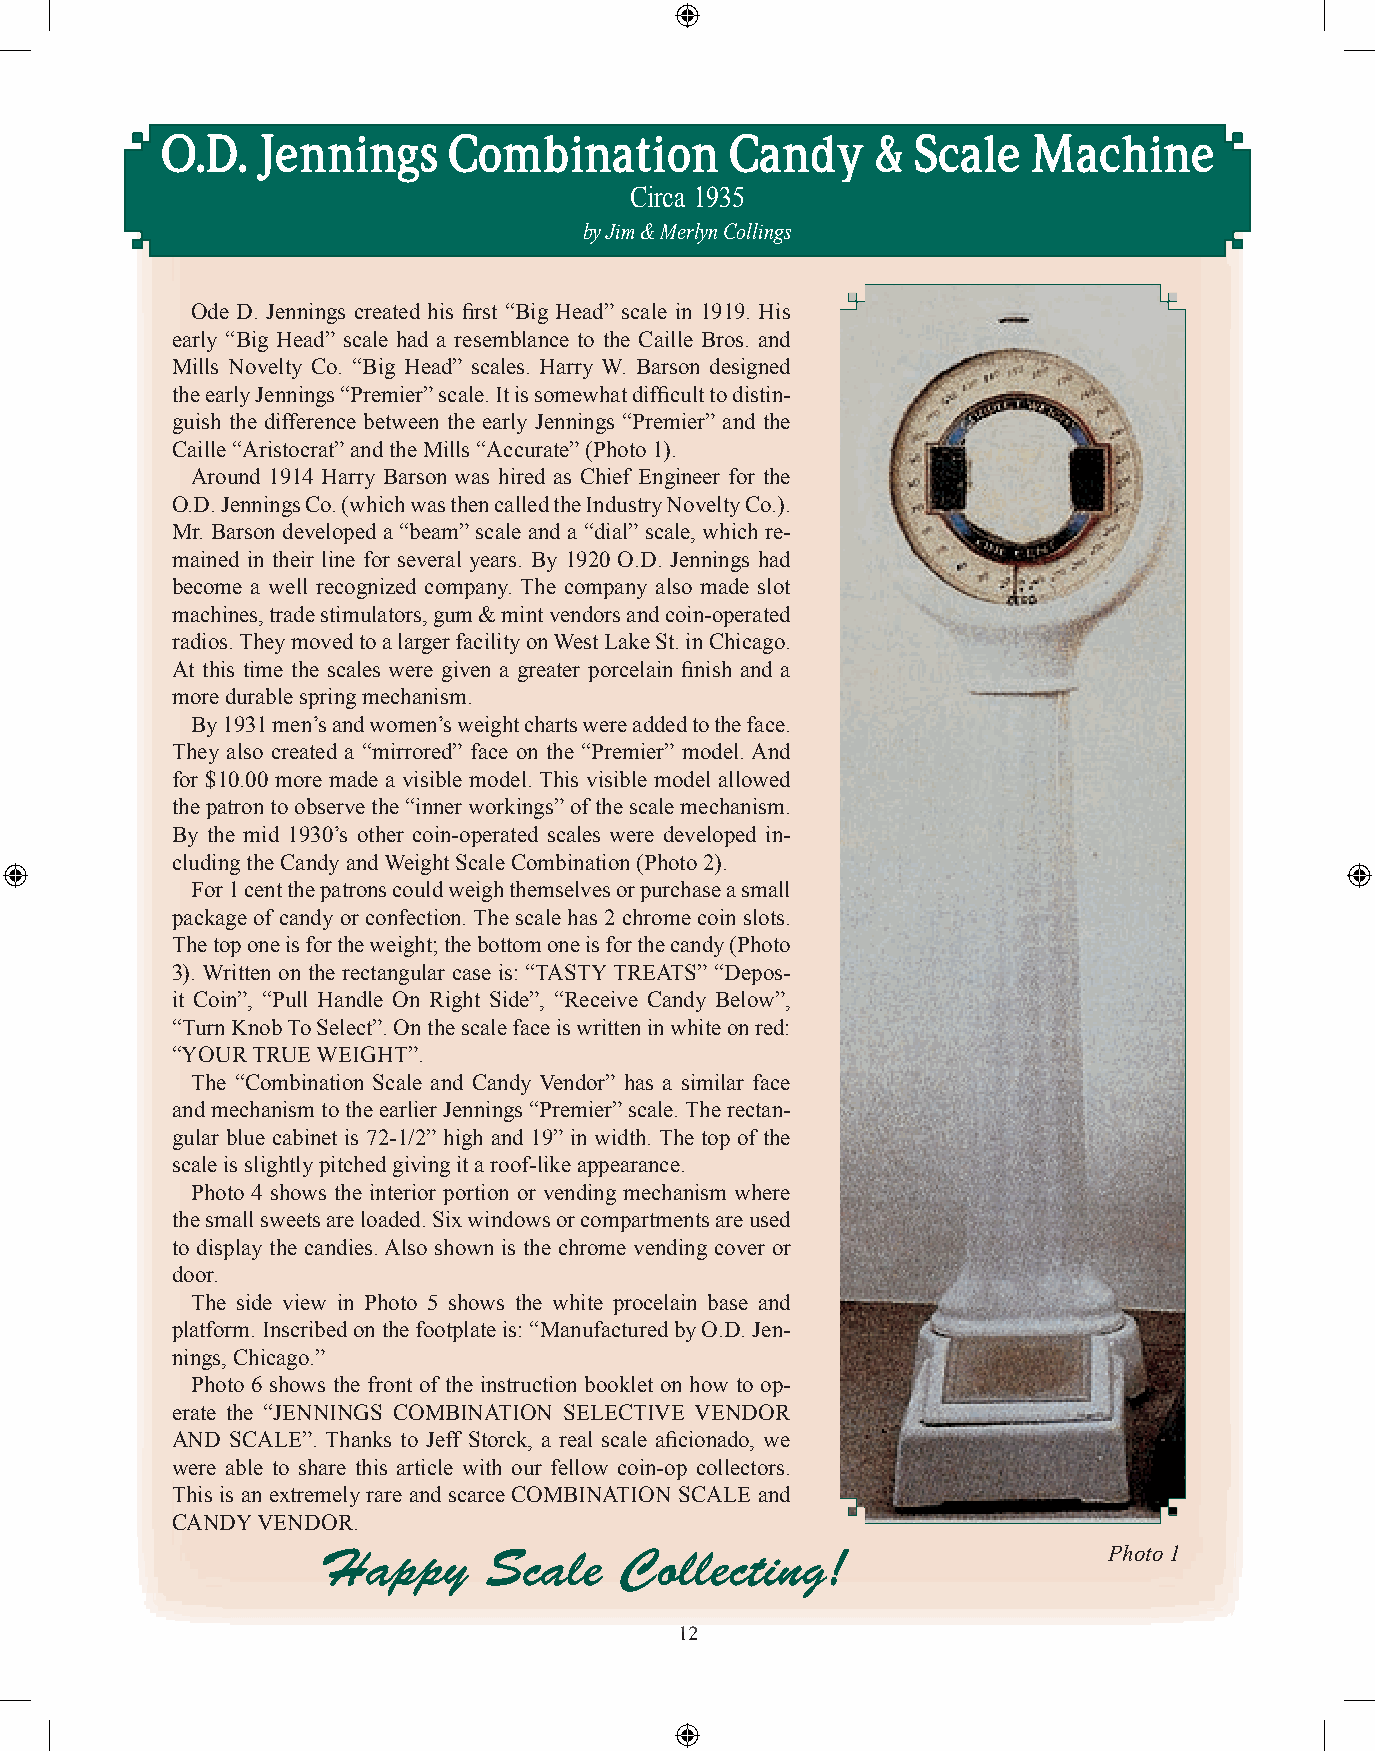
O.D.  Jennings     Combination       Candy     &  Scale  Machine
 Circa 1935
 by Jim & Merlyn Collings
 Ode D. Jennings created his fi rst “Big Head” scale in 1919. His
 early “Big Head” scale had a resemblance to the Caille Bros. and
 Mills Novelty Co. “Big Head” scales. Harry W. Barson designed
 the early Jennings “Premier” scale. It is somewhat diffi cult to distin-
 guish the difference between the early Jennings “Premier” and the
 Caille “Aristocrat” and the Mills “Accurate” (Photo 1).
 Around 1914 Harry Barson was hired as Chief Engineer for the
 O.D. Jennings Co. (which was then called the Industry Novelty Co.).
 Mr. Barson developed a “beam” scale and a “dial” scale, which re-
 mained in their line for several years. By 1920 O.D. Jennings had
 become a well recognized company. The company also made slot
 machines, trade stimulators, gum & mint vendors and coin-operated
 radios. They moved to a larger facility on West Lake St. in Chicago.
 At this time the scales were given a greater porcelain fi nish and a
 more durable spring mechanism.
 By 1931 men’s and women’s weight charts were added to the face.
 They also created a “mirrored” face on the “Premier” model. And
 for $10.00 more made a visible model. This visible model allowed
 the patron to observe the “inner workings” of the scale mechanism.
 By the mid 1930’s other coin-operated scales were developed in-
 cluding the Candy and Weight Scale Combination (Photo 2).
 For 1 cent the patrons could weigh themselves or purchase a small
 package of candy or confection. The scale has 2 chrome coin slots.
 The top one is for the weight; the bottom one is for the candy (Photo
 3). Written on the rectangular case is: “TASTY TREATS” “Depos-
 it Coin”, “Pull Handle On Right Side”, “Receive Candy Below”,
 “Turn Knob To Select”. On the scale face is written in white on red:
 “YOUR TRUE WEIGHT”.
 The “Combination Scale and Candy Vendor” has a similar face
 and mechanism to the earlier Jennings “Premier” scale. The rectan-
 gular blue cabinet is 72-1/2” high and 19” in width. The top of the
 scale is slightly pitched giving it a roof-like appearance.
 Photo 4 shows the interior portion or vending mechanism where
 the small sweets are loaded. Six windows or compartments are used
 to display the candies. Also shown is the chrome vending cover or
 door.
 The side view in Photo 5 shows the white procelain base and
 platform. Inscribed on the footplate is: “Manufactured by O.D. Jen-
 nings, Chicago.”
 Photo 6 shows the front of the instruction booklet on how to op-
 erate the “JENNINGS COMBINATION SELECTIVE VENDOR
 AND SCALE”. Thanks to Jeff Storck, a real scale afi cionado, we
 were able to share this article with our fellow coin-op collectors.
 This is an extremely rare and scarce COMBINATION SCALE and
 CANDY VENDOR.
 Happy      Scale    Collecting!                     Photo 1
 1122